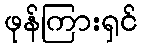
ဖုန်ကြားရှင်